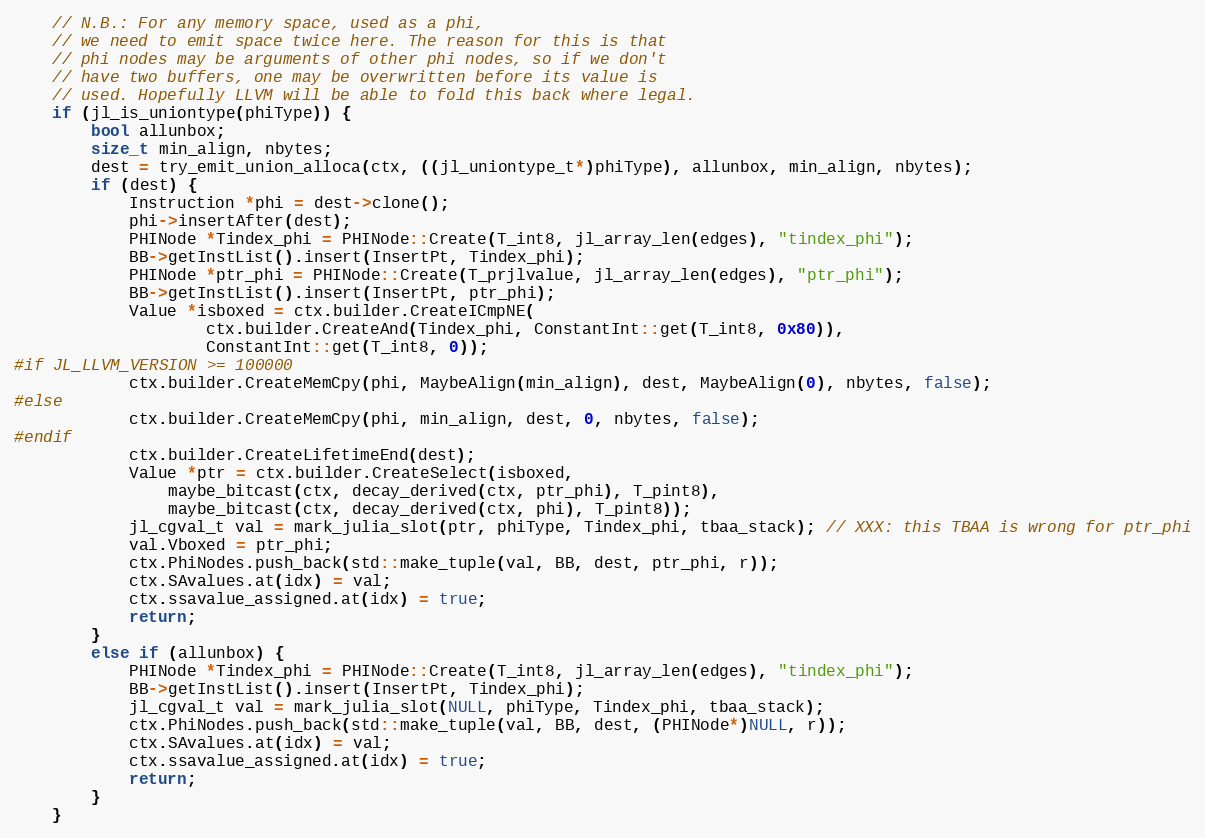
Language: C++
    // N.B.: For any memory space, used as a phi,
    // we need to emit space twice here. The reason for this is that
    // phi nodes may be arguments of other phi nodes, so if we don't
    // have two buffers, one may be overwritten before its value is
    // used. Hopefully LLVM will be able to fold this back where legal.
    if (jl_is_uniontype(phiType)) {
        bool allunbox;
        size_t min_align, nbytes;
        dest = try_emit_union_alloca(ctx, ((jl_uniontype_t*)phiType), allunbox, min_align, nbytes);
        if (dest) {
            Instruction *phi = dest->clone();
            phi->insertAfter(dest);
            PHINode *Tindex_phi = PHINode::Create(T_int8, jl_array_len(edges), "tindex_phi");
            BB->getInstList().insert(InsertPt, Tindex_phi);
            PHINode *ptr_phi = PHINode::Create(T_prjlvalue, jl_array_len(edges), "ptr_phi");
            BB->getInstList().insert(InsertPt, ptr_phi);
            Value *isboxed = ctx.builder.CreateICmpNE(
                    ctx.builder.CreateAnd(Tindex_phi, ConstantInt::get(T_int8, 0x80)),
                    ConstantInt::get(T_int8, 0));
#if JL_LLVM_VERSION >= 100000
            ctx.builder.CreateMemCpy(phi, MaybeAlign(min_align), dest, MaybeAlign(0), nbytes, false);
#else
            ctx.builder.CreateMemCpy(phi, min_align, dest, 0, nbytes, false);
#endif
            ctx.builder.CreateLifetimeEnd(dest);
            Value *ptr = ctx.builder.CreateSelect(isboxed,
                maybe_bitcast(ctx, decay_derived(ctx, ptr_phi), T_pint8),
                maybe_bitcast(ctx, decay_derived(ctx, phi), T_pint8));
            jl_cgval_t val = mark_julia_slot(ptr, phiType, Tindex_phi, tbaa_stack); // XXX: this TBAA is wrong for ptr_phi
            val.Vboxed = ptr_phi;
            ctx.PhiNodes.push_back(std::make_tuple(val, BB, dest, ptr_phi, r));
            ctx.SAvalues.at(idx) = val;
            ctx.ssavalue_assigned.at(idx) = true;
            return;
        }
        else if (allunbox) {
            PHINode *Tindex_phi = PHINode::Create(T_int8, jl_array_len(edges), "tindex_phi");
            BB->getInstList().insert(InsertPt, Tindex_phi);
            jl_cgval_t val = mark_julia_slot(NULL, phiType, Tindex_phi, tbaa_stack);
            ctx.PhiNodes.push_back(std::make_tuple(val, BB, dest, (PHINode*)NULL, r));
            ctx.SAvalues.at(idx) = val;
            ctx.ssavalue_assigned.at(idx) = true;
            return;
        }
    }